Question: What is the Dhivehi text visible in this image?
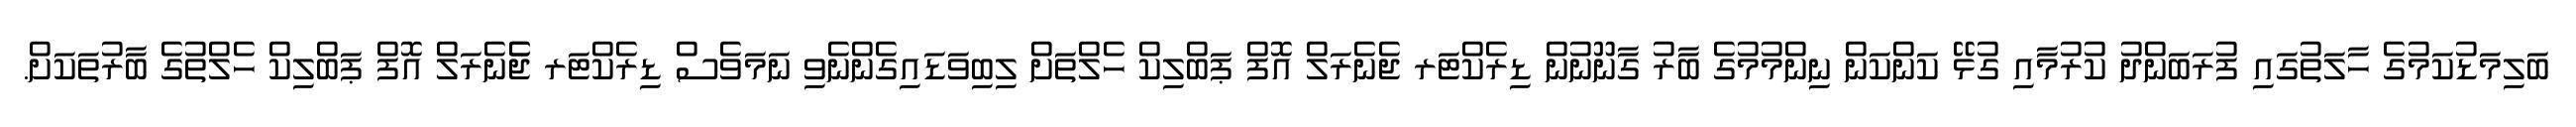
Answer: ބަލިމަޑުކަމުގެ ހާލަތުގައި ފުރަބަންދު ކުރުމާއި ގުޅޭ ކަންކަން ނިންމުމުގެ ބާރު ގާނޫނުން ޑިރެކްޓަރ ޖެނެރަލް އޮފް ޕަބްލިކް ހެލްތަށް ލިބިވަޑައިގެންނެވި ނަމަވެސް ޑިރެކްޓަރ ޖެެނެރަލް އޮފް ޕަބްލިކް ހެލްތުގެ ބާރުތަކަށް.